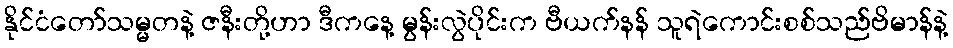
နိုင်ငံတော်သမ္မတနဲ့ ဇနီးတို့ဟာ ဒီကနေ့ မွန်းလွဲပိုင်းက ဗီယက်နန် သူရဲကောင်းစစ်သည်ဗိမာန်နဲ့